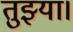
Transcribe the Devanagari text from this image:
तुझ्या।